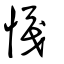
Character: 𢟟